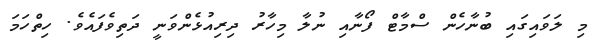
މި ލަވައިގައި ބުނާހެން ސްމާޓް ފޯނާއި ނުލާ މިހާރު ދިރިއުޅެންވަނީ ދަތިވެފައެވެ. ހިތްހަމަ